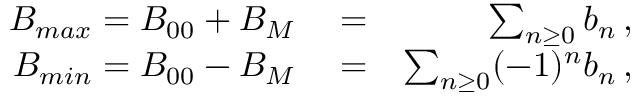
\begin{array} { r l r } { B _ { m a x } = B _ { 0 0 } + B _ { M } } & { { } = } & { \sum _ { n \ge 0 } b _ { n } \, , } \\ { B _ { m i n } = B _ { 0 0 } - B _ { M } } & { { } = } & { \sum _ { n \ge 0 } ( - 1 ) ^ { n } b _ { n } \, , } \end{array}